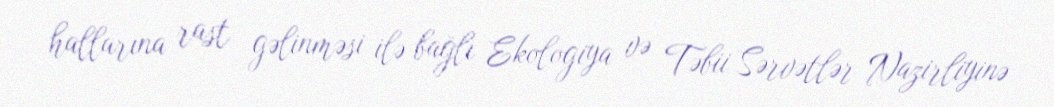
hallarına rast gəlinməsi ilə bağlı Ekologiya və Təbii Sərvətlər Nazirliyinə